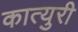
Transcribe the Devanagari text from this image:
कात्‍युरी